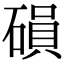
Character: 磒